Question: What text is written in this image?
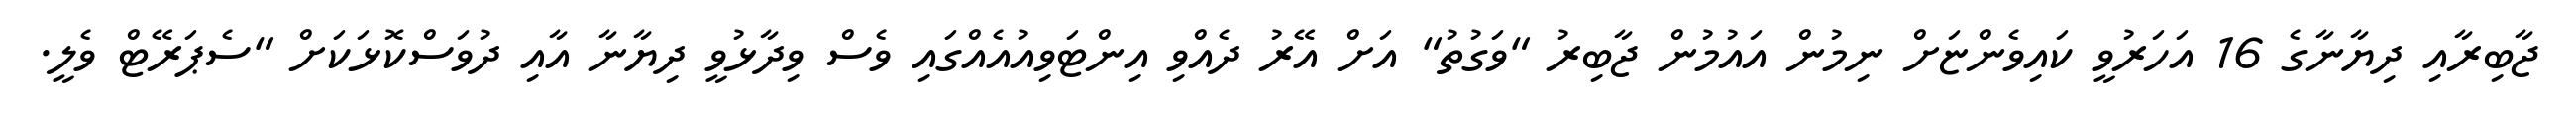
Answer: ޖާބިރާއި ދިޔާނާގެ 16 އަހަރުވީ ކައިވެންޏަށް ނިމުން އައުމުން ޖާބިރު "ވަގުތު" އަށް އޭރު ދެއްވި އިންޓަވިއުއެއްގައި ވެސް ވިދާޅުވީ ދިޔާނާ އާއި ދުވަސްކޮޅަކަށް "ސެޕަރޭޓް ވެލީ.